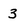
Character: 3